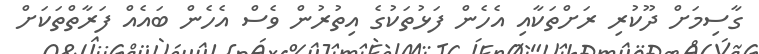
ގާސިމަށް ދޫކުރި ރަށްތަކާއި އެހެން ފަޅުތަކުގެ އިތުރުން ވެސް އެހެން ބައެއް ފަރާތްތަކަށް